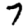
Digit: 7